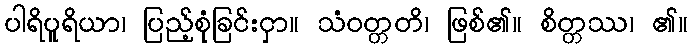
ပါရိပူရိယာ၊ ပြည့်စုံခြင်းငှာ။ သံဝတ္တတိ၊ ဖြစ်၏။ စိတ္တဿ၊ ၏။